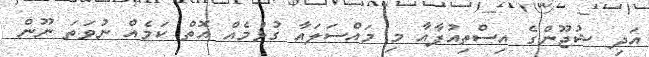
އަދި ޝުޖޫންގެ އިސްތިއުފާއާ މި މައްސަލައާ ގުޅުމެއް އޮތް ކަމެއް ނުވަތަ ނޫން